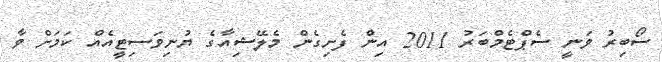
ސޯބިރު ވަނީ ސެޕްޓެމްބަރު 2011 އިން ފެށިގެން މެލޭޝިއާގެ ޔުނިވަސިޓީއެއް ކަމަށް ވާ